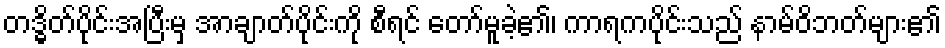
တဒ္ဓိတ်ပိုင်းအပြီးမှ အာချာတ်ပိုင်းကို စီရင် တော်မူခဲ့၏၊ ကာရကပိုင်းသည် နာမ်ဝိဘတ်များ၏